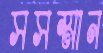
সসম্মান